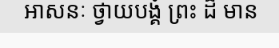
អាសនៈ ថ្វាយបង្គំ ព្រះ ដ៏ មាន